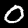
Digit: 0